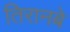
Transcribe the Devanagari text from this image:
तिरानबे